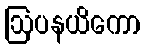
ဩပနယိကော